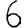
Digit: 6